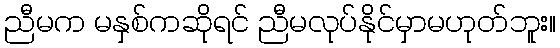
ညီမက မနှစ်ကဆိုရင် ညီမလုပ်နိုင်မှာမဟုတ်ဘူး။